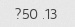
13. 50?